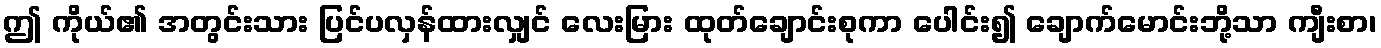
ဤ ကိုယ်၏ အတွင်းသား ပြင်ပလှန်ထားလျှင် လေးမြား ထုတ်ချောင်းစုကာ ပေါင်း၍ ချောက်မောင်းဘို့သာ ကျီးစာ၊